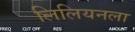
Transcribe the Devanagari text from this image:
लिलियनला